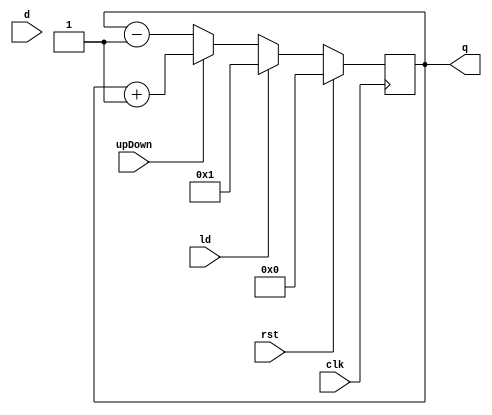
module counter(clk, rst, upDown, ld, q, d);
  output reg [3:0] q;	//output
  input [3:0] d;	//input
  input ld;	//data to load
  input clk, //clock
  		rst, //reset
  		upDown; // up/down control

  always @(posedge clk)
    begin
      if(rst) q <= 4'b0;
      else if(ld) q <= ld;
      else if(upDown) q <= q+1;
      else q <= q-1;
    end
endmodule